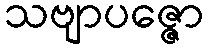
သဗျာပဇ္ဇော